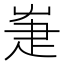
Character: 𤴗